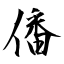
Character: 僠